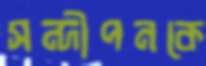
সন্দীপনকে